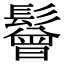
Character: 鬙